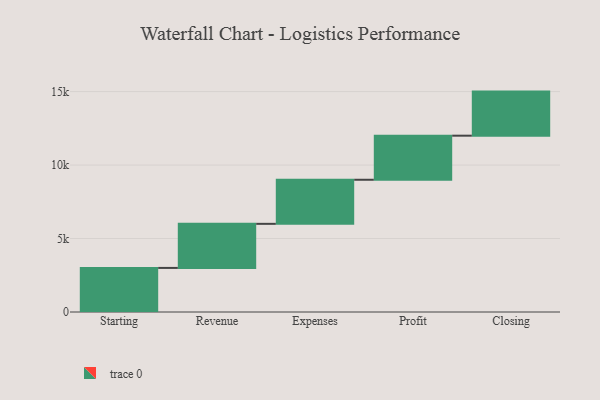
{"axis": {"x": "Step", "y": "Value"}, "legend": [""], "data": [{"x": "Starting", "y": 3000, "type": ""}, {"x": "Revenue", "y": 3000, "type": ""}, {"x": "Expenses", "y": 3000, "type": ""}, {"x": "Profit", "y": 3000, "type": ""}, {"x": "Closing", "y": 3000, "type": ""}]}